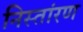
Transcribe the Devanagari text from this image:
निस्तांरण